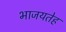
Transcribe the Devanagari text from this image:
भाजयतेह